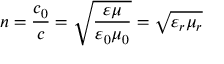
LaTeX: n = { \frac { c _ { 0 } } { c } } = { \sqrt { \frac { \varepsilon \mu } { \varepsilon _ { 0 } \mu _ { 0 } } } } = { \sqrt { \varepsilon _ { r } \mu _ { r } } }